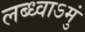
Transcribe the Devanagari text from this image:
लब्ध्वाऽमुं